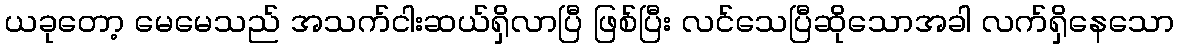
ယခုတော့ မေမေသည် အသက်ငါးဆယ်ရှိလာပြီ ဖြစ်ပြီး လင်သေပြီဆိုသောအခါ လက်ရှိနေသော